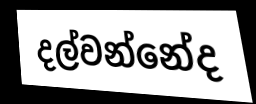
දල්වන්නේද